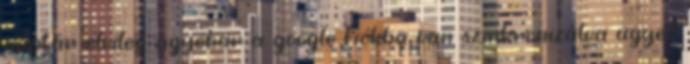
naptár elvileg ugyebár a google fiókba van szinkronizálva ugye?